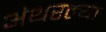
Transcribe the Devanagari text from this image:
अंथरल्या